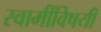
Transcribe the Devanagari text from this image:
स्वामींविषयी